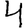
Digit: 4